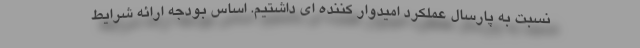
نسبت به پارسال عملکرد امیدوار کننده ای داشتیم. اساس بودجه ارائه شرایط